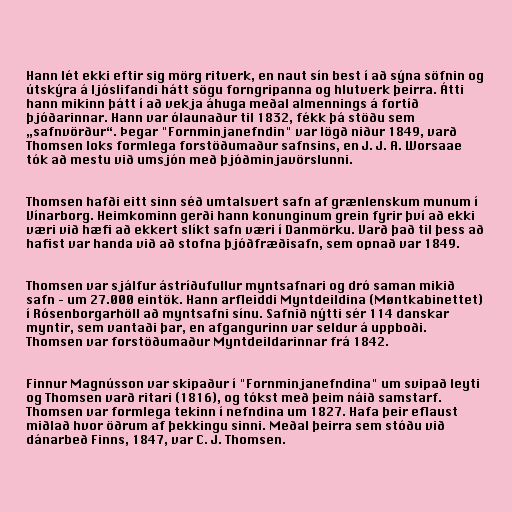
Hann lét ekki eftir sig mörg ritverk, en naut sín best í að sýna söfnin og
útskýra á ljóslifandi hátt sögu forngripanna og hlutverk þeirra. Átti
hann mikinn þátt í að vekja áhuga meðal almennings á fortíð
þjóðarinnar. Hann var ólaunaður til 1832, fékk þá stöðu sem
„safnvörður“. Þegar "Fornminjanefndin" var lögð niður 1849, varð
Thomsen loks formlega forstöðumaður safnsins, en J. J. A. Worsaae
tók að mestu við umsjón með þjóðminjavörslunni.

Thomsen hafði eitt sinn séð umtalsvert safn af grænlenskum munum í
Vínarborg. Heimkominn gerði hann konunginum grein fyrir því að ekki
væri við hæfi að ekkert slíkt safn væri í Danmörku. Varð það til þess að
hafist var handa við að stofna þjóðfræðisafn, sem opnað var 1849.

Thomsen var sjálfur ástríðufullur myntsafnari og dró saman mikið
safn – um 27.000 eintök. Hann arfleiddi Myntdeildina (Møntkabinettet)
í Rósenborgarhöll að myntsafni sínu. Safnið nýtti sér 114 danskar
myntir, sem vantaði þar, en afgangurinn var seldur á uppboði.
Thomsen var forstöðumaður Myntdeildarinnar frá 1842.

Finnur Magnússon var skipaður í "Fornminjanefndina" um svipað leyti
og Thomsen varð ritari (1816), og tókst með þeim náið samstarf.
Thomsen var formlega tekinn í nefndina um 1827. Hafa þeir eflaust
miðlað hvor öðrum af þekkingu sinni. Meðal þeirra sem stóðu við
dánarbeð Finns, 1847, var C. J. Thomsen.